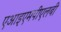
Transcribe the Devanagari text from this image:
एआइएमपीएलबी